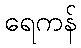
ရေကန်